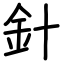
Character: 針